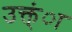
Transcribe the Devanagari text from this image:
उक्त्ंा